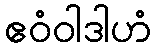
ဧဝံဝါဒါဟံ